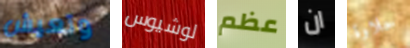
وتعيش لوشيوس عظم ان حلاوة